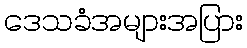
ဒေသခံအများအပြား